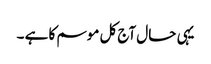
یہی حال آج کل موسم کا ہے ۔